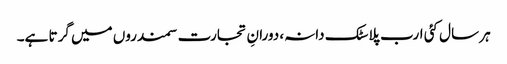
ہر سال کئی ارب پلاسٹک دانہ، دورانِ تجارت سمندروں میں گرتا ہے۔